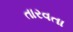
તારવતા